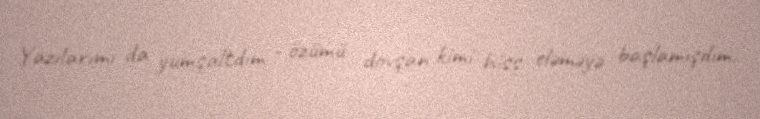
Yazılarımı da yumşaltdım - özümü dovşan kimi hiss eləməyə başlamışdım.